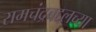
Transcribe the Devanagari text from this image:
रामचंद्रबद्दलच्या